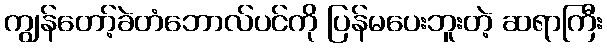
ကျွန်တော့်ခဲတံဘောလ်ပင်ကို ပြန်မပေးဘူးတဲ့ ဆရာကြီး